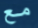
مع